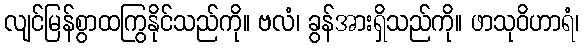
လျင်မြန်စွာထကြွနိုင်သည်ကို။ ဗလံ၊ ခွန်အားရှိသည်ကို။ ဖာသုဝိဟာရံ၊